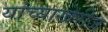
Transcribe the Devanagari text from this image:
यांच्याखेरीज